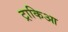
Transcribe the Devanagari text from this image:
ट्राकिआ